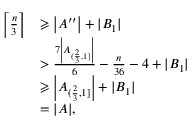
\begin{array} { r l } { \left\lceil \frac { n } { 3 } \right\rceil } & { \geqslant \left| A ^ { \prime \prime } \right| + | B _ { 1 } | } \\ & { > \frac { 7 \left| A _ { ( \frac { 2 } { 3 } , 1 ] } \right| } { 6 } - \frac { n } { 3 6 } - 4 + | B _ { 1 } | } \\ & { \geqslant \left| A _ { ( \frac { 2 } { 3 } , 1 ] } \right| + | B _ { 1 } | } \\ & { = | A | , } \end{array}